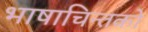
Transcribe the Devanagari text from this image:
भाषाचिन्तकों